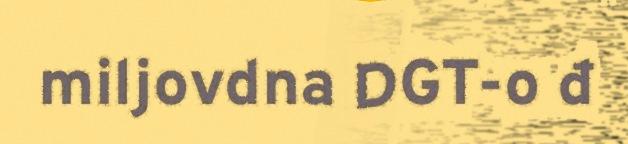
miljovdna DGT-o đ